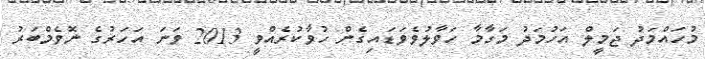
މުހައްމަދު ޖަމީލް އަހުމަދު މަގާމާ ހަވާލުވެވަޑައިގެން ހުވާކުރެއްވީ 2013 ވަނަ އަހަރުގެ ނޮވެމްބަރު